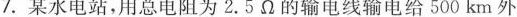
7.某水电站，用总电阻为2.5Ω的输电线输电给500km外